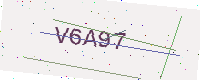
Text: V6A97